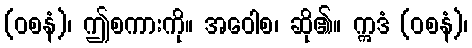
(ဝစနံ)၊ ဤစကားကို။ အဝေါစ၊ ဆို၏။ ဣဒံ (ဝစနံ)၊